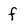
Character: f